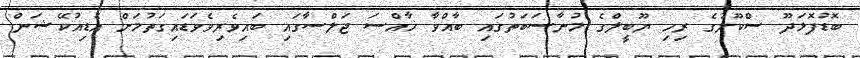
ބޮޑުފޮޅަދޫ ސްކޫލުގެ ރިހި ޔޫބީލްގެ މުނާސަބަތުގައި ބާއްވާ ޚާއްސަ ޖަލްސާގައި ބައިވެރިވެވަޑައިގަތުމަށް އެޑިއުކޭޝަން